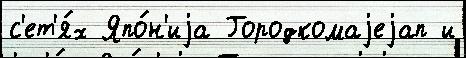
с'ет'я́х Япо́н'иjа Городкомаjеjап и